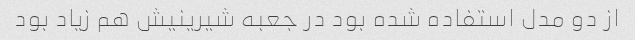
از دو مدل استفاده شده بود در جعبه شیرینیش هم زیاد بود